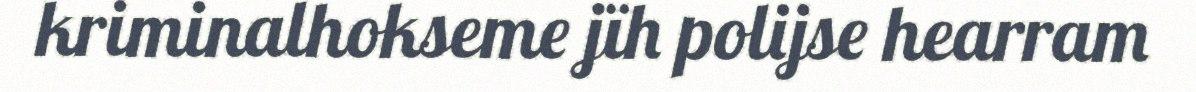
kriminalhokseme jïh polijse hearram